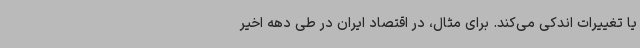
یا تغییرات اندکی می‌کند. برای مثال، در اقتصاد ایران در طی دهه اخیر